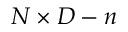
N \times D - n